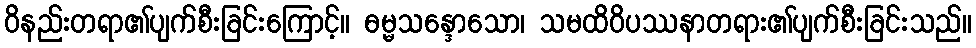
ဝိနည်းတရာ၏ပျက်စီးခြင်းကြောင့်။ ဓမ္မသန္ဒောသော၊ သမထိဝိပဿနာတရား၏ပျက်စီးခြင်းသည်။